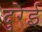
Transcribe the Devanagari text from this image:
दुरेई